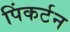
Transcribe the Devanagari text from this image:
पिंकर्टन